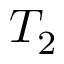
T _ { 2 }